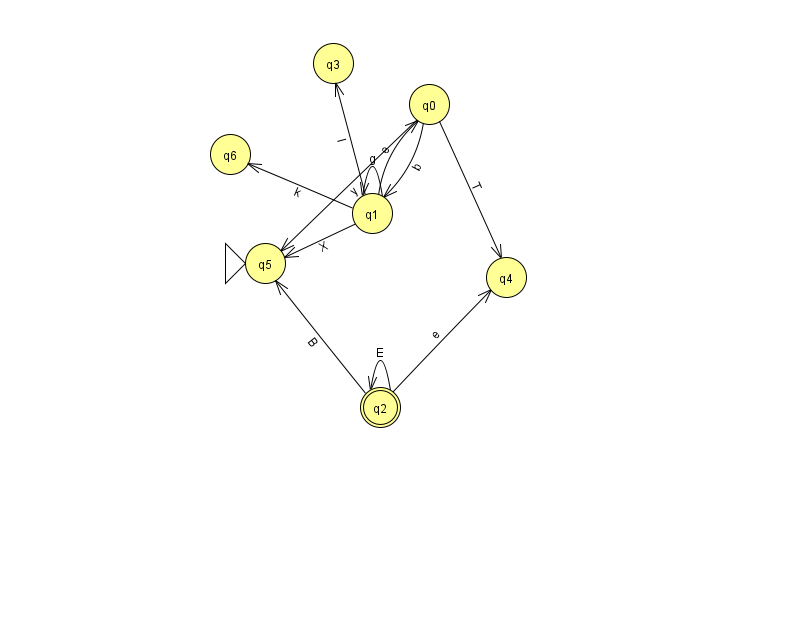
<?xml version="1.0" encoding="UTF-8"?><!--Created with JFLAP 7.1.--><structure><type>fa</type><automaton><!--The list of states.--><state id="0" name="q0"><x>429.0</x><y>91.0</y></state><state id="1" name="q1"><x>372.0</x><y>200.0</y></state><state id="2" name="q2"><x>380.0</x><y>394.0</y><final/></state><state id="3" name="q3"><x>333.0</x><y>50.0</y></state><state id="4" name="q4"><x>506.0</x><y>264.0</y></state><state id="5" name="q5"><x>265.0</x><y>250.0</y><initial/></state><state id="6" name="q6"><x>230.0</x><y>141.0</y></state><!--The list of transitions.--><transition><from>0</from><to>1</to><read>b</read></transition><transition><from>1</from><to>3</to><read>I</read></transition><transition><from>0</from><to>5</to><read>y</read></transition><transition><from>1</from><to>6</to><read>k</read></transition><transition><from>2</from><to>2</to><read>E</read></transition><transition><from>1</from><to>0</to><read>e</read></transition><transition><from>1</from><to>1</to><read>g</read></transition><transition><from>1</from><to>5</to><read>X</read></transition><transition><from>0</from><to>4</to><read>T</read></transition><transition><from>2</from><to>5</to><read>B</read></transition><transition><from>2</from><to>4</to><read>e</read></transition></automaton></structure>